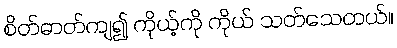
စိတ်ဓာတ်ကျ၍ ကိုယ့်ကို ကိုယ် သတ်သေတယ်။